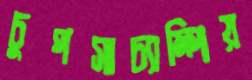
চুপসাচ্যাম্পিয়